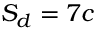
S _ { d } = 7 c